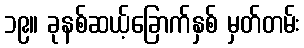
၁၉။ ခုနစ်ဆယ့်ခြောက်နှစ် မှတ်တမ်း